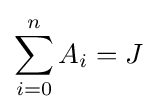
\sum _{i=0}^{n}A_{i}=J